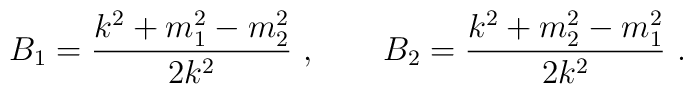
B_1 = {k^2 + m_1^2 - m_2^2\over 2k^2}\ , \qquad  B_2 = {k^2 + m_2^2 - m_1^2\over 2k^2}\ .